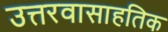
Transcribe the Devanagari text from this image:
उत्तरवासाहतिक